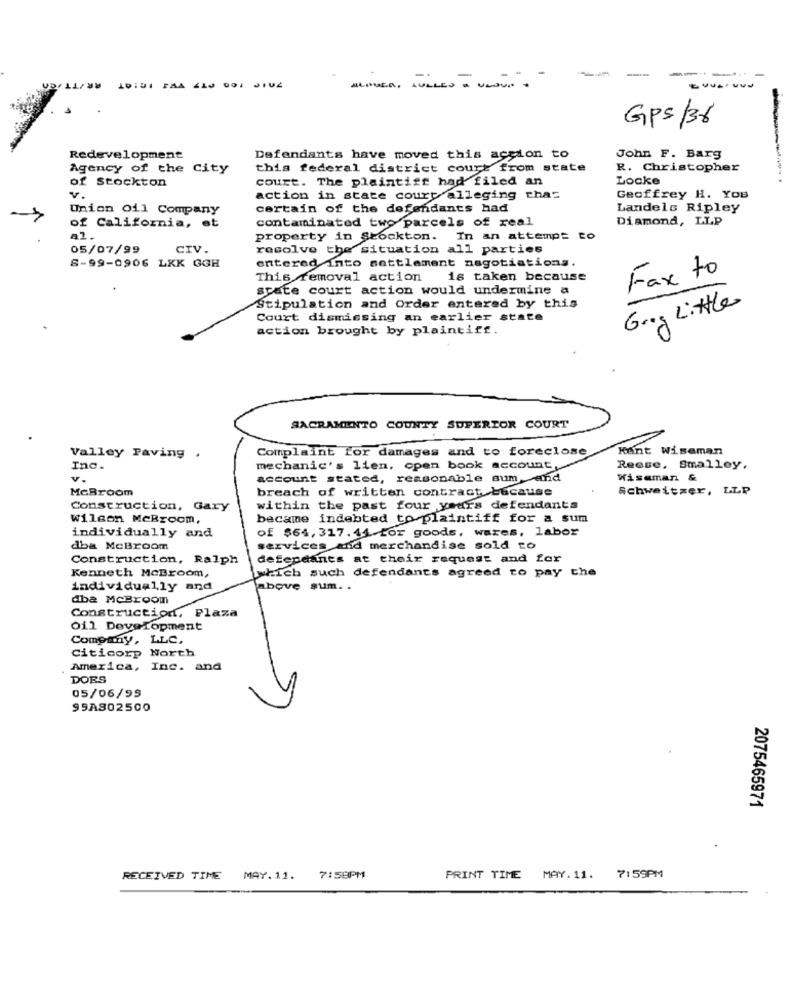
ID:01 PAA 4
Gps/38
Redevelopment
Defendants have moved this action to
John F. Barg
Agency of the City
this federal district court from state
R. Christopher
of stockton
court. The plaintiff had filed an
Locke
action in state court alleging chas
Geoffrey H. YOU
Union Oil Company
certain of the defendants had
Landels Ripley
contaminated two parcels of real
Diamond, LLP
of California, et
property in Stockton. In an attempt
05/07/99
CIV.
resolve the situation all parties
entered into settlement negotiations.
8-99-0906 LXK GGH
This removal action
is taken because
Fax to
state court action would undermine a
Stipulation and Order entered by this
Grog Little
Court dismissing an earlier state
action brought by plaintiff.
SACRAMENTO COUNTY SUPERIOR COURT
Complaint for damages and to foreclose
Kant Wiseman
Valley Paving ,
Inc.
mechanic's lien, open book account,
Reese, Smalley,
V.
account stated, reasonable sum and
Wiseman &
McBroom
breach of written contract because
Schweitzer, LLP
Construction, Gary
within the past four yours defendants
Wilson MeBroom,
became indebted to plaintiff for a sum
individually and
of $64, 317. 44 for goods, wares, labor
dba McBroom
services and merchandise sold to
Construction, Ralph
defendants at their request and for
Kenneth McBroom,
which such defendants agreed to pay the
individually and
above sum. .
dba McBroom
Construction, Plaza
oil Development
Company, LLC,
Citicorp North
America, Inc. and
DOES
05/06/99
99A802500
2075465971
RECEIVED TIME MAY.11. 7:58PM
PRINT TIME MAY.11. 7:59PM